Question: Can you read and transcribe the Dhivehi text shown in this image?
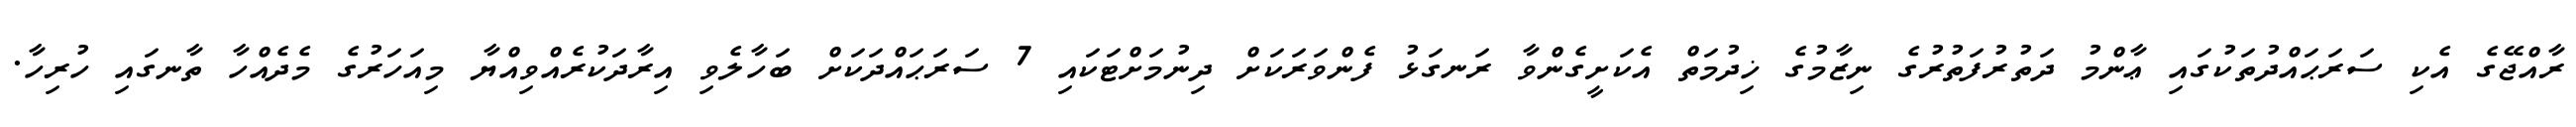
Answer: ރާއްޖޭގެ އެކި ސަރަޙައްދުތަކުގައި ޢާންމު ދަތުރުފަތުރުގެ ނިޒާމުގެ ޚިދުމަތް އެކަށީގެންވާ ރަނގަޅު ފެންވަރަކަށް ދިނުމަށްޓަކައި 7 ސަރަޙައްދަކަށް ބަހާލެވި އިރާދަކުރެއްވިއްޔާ މިއަހަރުގެ މެދެއްހާ ތާނގައި ހުރިހާ.